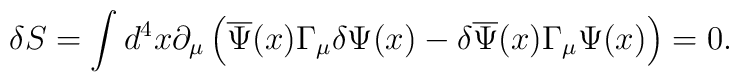
\delta S=\int d^4x\partial _\mu \left( \overline{\Psi }(x)\Gamma_\mu \delta \Psi (x)-\delta \overline{\Psi }(x)\Gamma _\mu \Psi(x)\right) =0 .